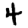
Digit: 4